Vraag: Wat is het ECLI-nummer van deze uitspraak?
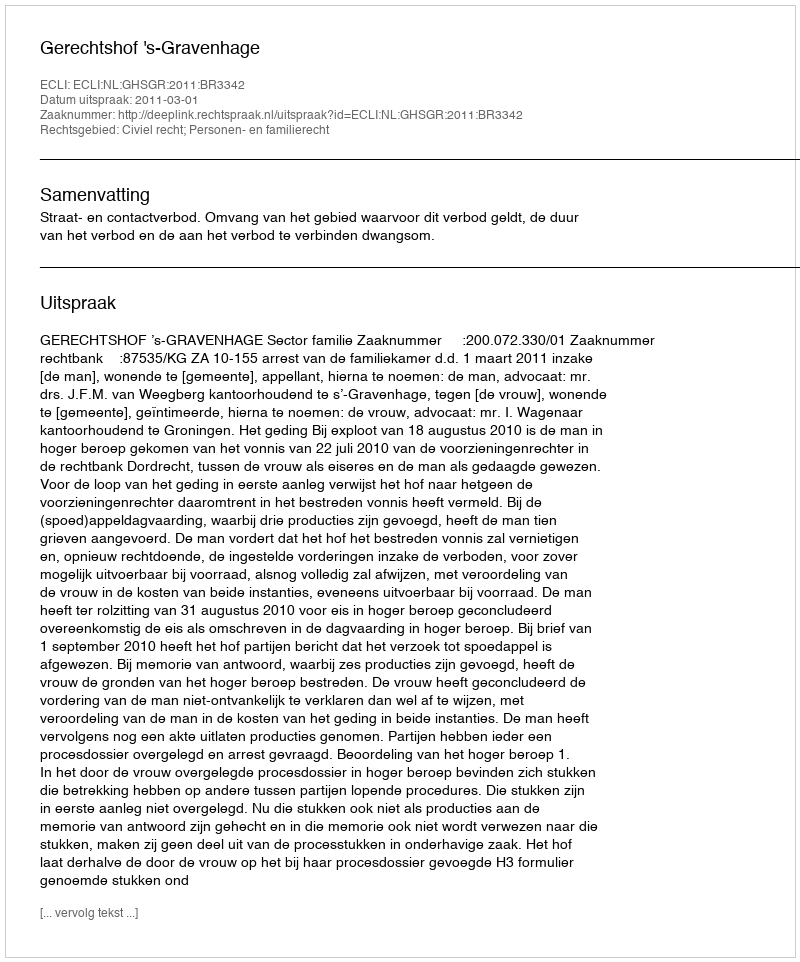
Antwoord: ECLI:NL:GHSGR:2011:BR3342